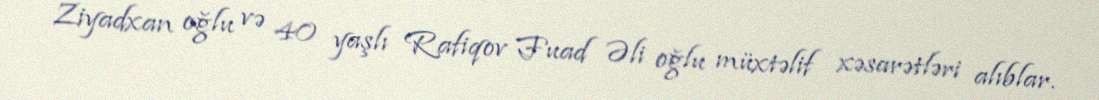
Ziyadxan oğlu və 40 yaşlı Rafiqov Fuad Əli oğlu müxtəlif xəsarətləri alıblar.